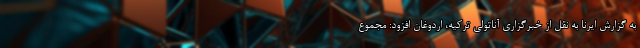
به گزارش ایرنا به نقل از خبرگزاری آناتولی ترکیه، اردوغان افزود: مجموع